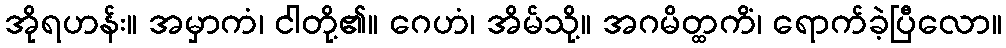
အိုရဟန်း။ အမှာကံ၊ ငါတို့၏။ ဂေဟံ၊ အိမ်သို့။ အဂမိတ္ထကိံ၊ ရောက်ခဲ့ပြီလော။